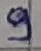
Text: 9